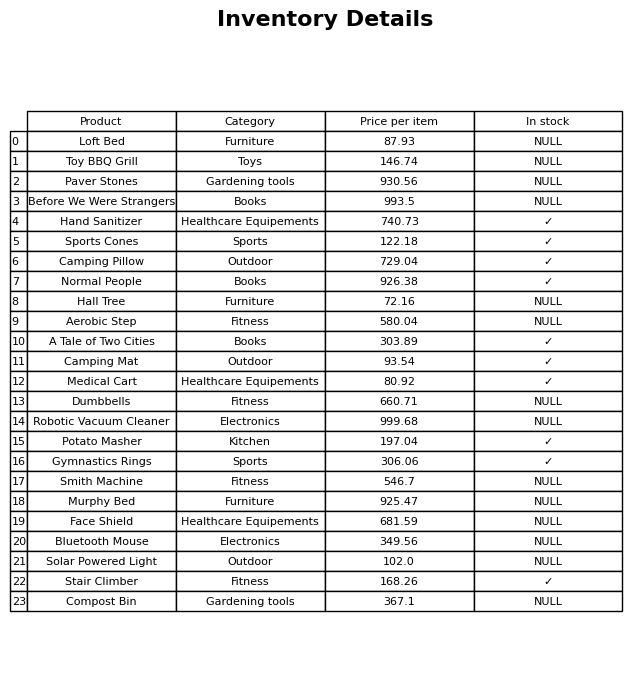
question: What is the price for Camping Pillow?
answer: The price of Camping Pillow is 729.04.